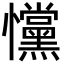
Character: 戃